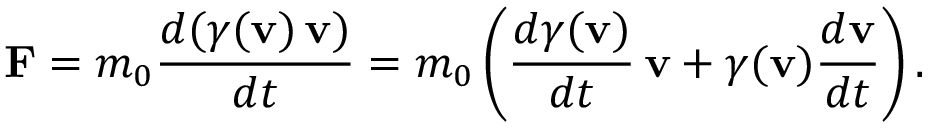
\mathbf { F } = m _ { 0 } { \frac { d ( \gamma ( \mathbf { v } ) \, \mathbf { v } ) } { d t } } = m _ { 0 } \left( { \frac { d \gamma ( \mathbf { v } ) } { d t } } \, \mathbf { v } + \gamma ( \mathbf { v } ) { \frac { d \mathbf { v } } { d t } } \right) .